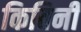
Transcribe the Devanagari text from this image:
कितिनी